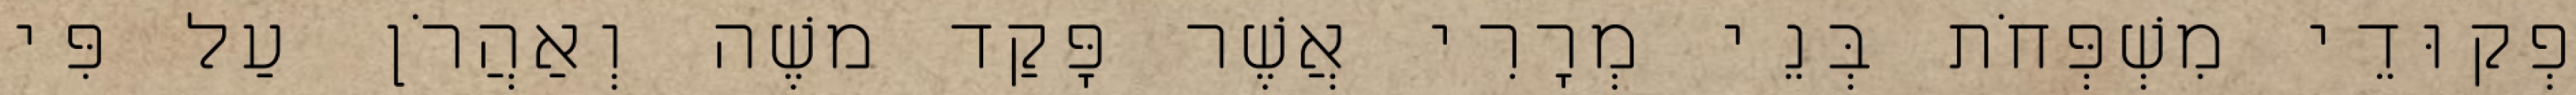
פְקוּדֵי מִשְׁפְּחֹת בְּנֵי מְרָרִי אֲשֶׁר פָּקַד משֶׁה וְאַהֲרֹן עַל פִּי